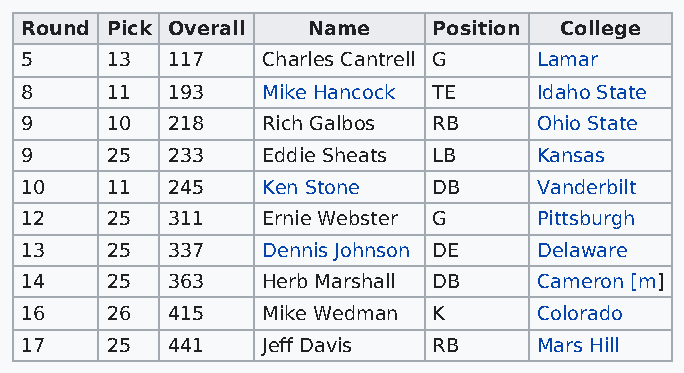
Round Pick Overall Name     Position College
 5     13  117   Charles Cantrell G Lamar
 8     11  193   Mike Hancock TE    Idaho State
 9     10  218   Rich Galbos RB     Ohio State
 9     25  233   Eddie Sheats LB    Kansas
 10    11  245   Ken Stone   DB     Vanderbilt
 12    25  311   Ernie Webster G    Pittsburgh
 13    25  337   Dennis Johnson DE  Delaware
 14    25  363   Herb Marshall DB   Cameron [m]
 16    26  415   Mike Wedman K      Colorado
 17    25  441   Jeff Davis  RB     Mars Hill